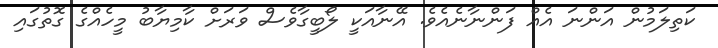
ކަތިލަމުން އަންނަ އެއް ފަންނާނެއެވެ. އޭނާއަކީ ލޯބީގާވެސް ވަރަށް ކާމިޔާބު މީހެއްގެ ގޮތުގައި